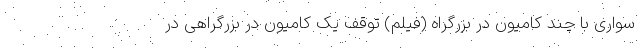
سواری با چند کامیون در بزرگراه (فیلم) توقف یک کامیون در بزرگراهی در